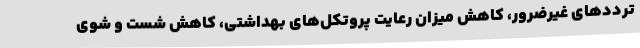
ترددهای غیرضرور، کاهش میزان رعایت پروتکل‌های بهداشتی، کاهش شست و شوی